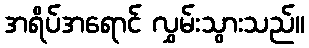
အရိပ်အရောင် လွှမ်းသွားသည်။